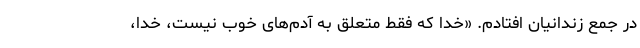
در جمع زندانیان افتادم. «خدا که فقط متعلق به آدم‌های خوب نیست، خدا،